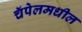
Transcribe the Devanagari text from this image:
चॅपेलमधील